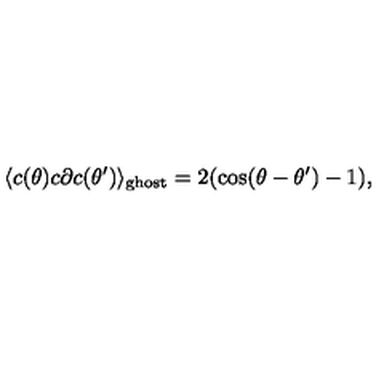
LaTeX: \langle c ( \theta ) c \partial c ( \theta ^ { \prime } ) \rangle _ { \mathrm { g h o s t } } = 2 ( \cos ( \theta - \theta ^ { \prime } ) - 1 ) ,